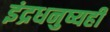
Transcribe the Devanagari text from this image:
इंद्रधनुष्यही